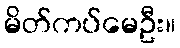
မိတ်ကပ်မေဦး။